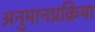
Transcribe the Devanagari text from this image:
अनुमानप्रक्रिया